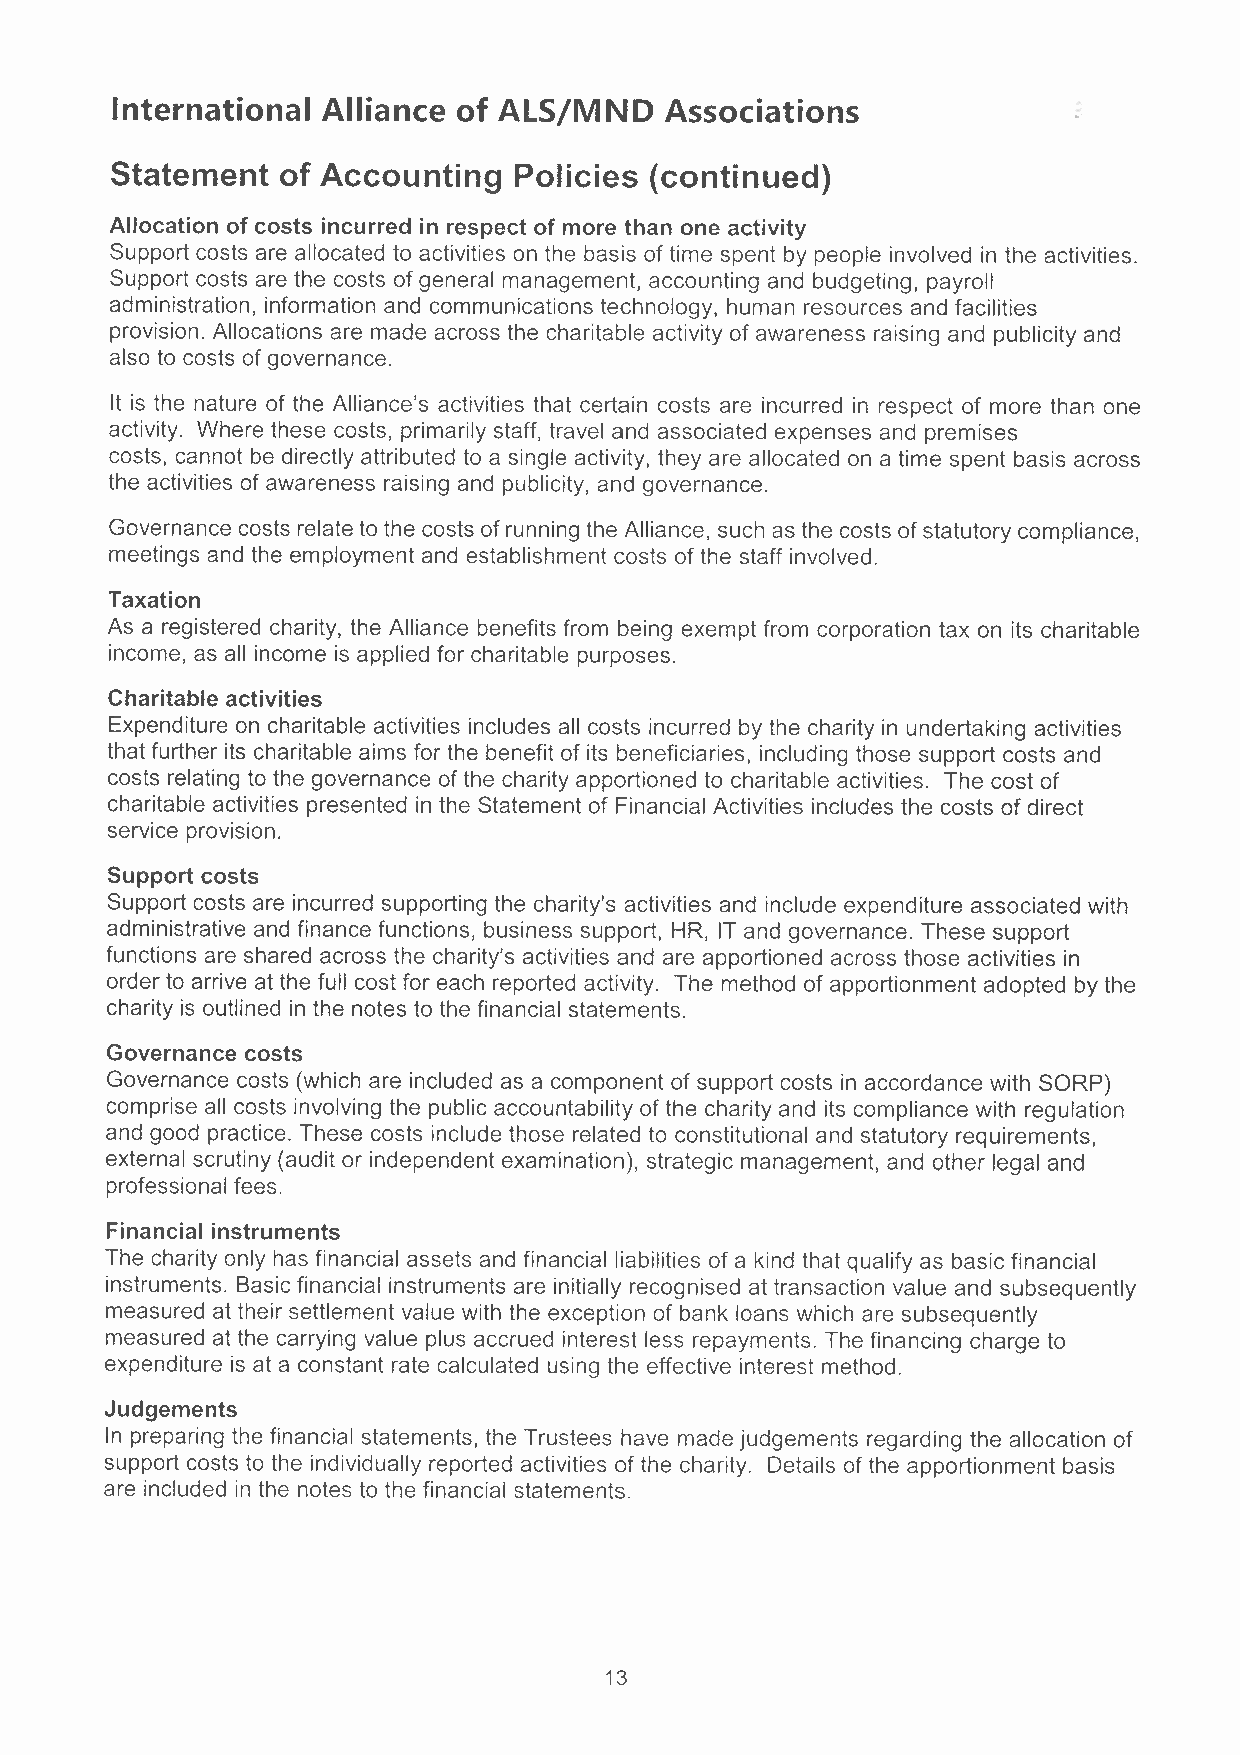
International Alliance of ALS/MND    Associations
 Statement   of Accounting  Policies (continued)
 Allocation of costs incurred in respect of more than one activity
 Support costs are allocated to activities on the basis of time spent by people involved in the activities.
 Support costs are the costs of general management, accounting and budgeting, payroll
 administration, information and communications technology, human resources and facilities
 provision. Allocations are made across the charitable activity of awareness raising and publicity and
 also to costs of governance.
 It is the nature of the Alliance's activities that certain costs are incurred in respect of more than one
 activity. Where these costs, primarily staff, travel and associated expenses and premises
 costs, cannot be directly attributed to a single activity, they are allocated on a time spent basis across
 the activities of awareness raising and publicity, and governance.
 Governance costs relate to the costs of running the Alliance, such as the costs of statutory compliance,
 meetings and the employment and establishment costs of the staff involved.
 Taxation
 As a registered charity, the Alliance benefits from being exempt from corporation tax on its charitable
 income, as all income is applied for charitable purposes.
 Charitable activities
 Expenditure on charitable activities includes all costs incurred by the charity in undertaking activities
 that further its charitable aims for the benefit of its beneficiaries, including those support costs and
 costs relating to the governance of the charity apportioned to charitable activities. The cost of
 charitable activities presented in the Statement of Financial Activities includes the costs of direct
 service provision.
 Support costs
 Support costs are incurred supporting the charity's activities and include expenditure associated with
 administrative and finance functions, business support, HR, IT and governance. These support
 functions are shared across the charity's activities and are apportioned across those activities in
 order to arrive at the full cost for each reported activity. The method of apportionment adopted by the
 charity is outlined in the notes to the financial statements.
 Governance costs
 Governance costs (which are included as a component of support costs in accordance with SORP)
 comprise all costs involving the public accountability of the charity and its compliance with regulation
 and good practice. These costs include those related to constitutional and statutory requirements,
 external scrutiny (audit or independent examination), strategic management, and other legal and
 professional fees.
 Financial instruments
 The charity only has financial assets and financial liabilities of a kind that qualify as basic financial
 instruments. Basic financial instruments are initially recognised at transaction value and subsequently
 measured at their settlement value with the exception of bank loans which are subsequently
 measured at the carrying value plus accrued interest less repayments. The financing charge to
 expenditure is at a constant rate calculated using the effective interest method.
 Judgements
 In preparing the financial statements, the Trustees have made judgements regarding the allocation of
 support costs to the individually reported activities of the charity. Details of the apportionment basis
 are included in the notes to the financial statements.
 13